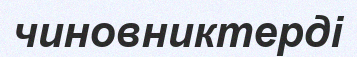
чиновниктерді